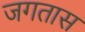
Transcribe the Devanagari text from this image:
जगतास